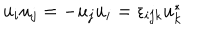
LaTeX: u _ { i } u _ { j } = - u _ { j } u _ { i } = \epsilon _ { i j k } u _ { k } ^ { * }